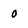
Character: 0